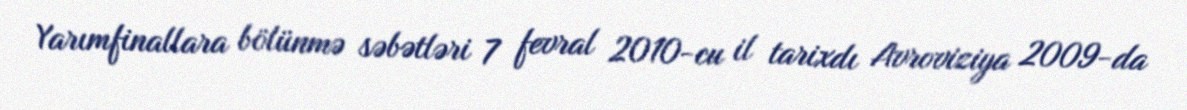
Yarımfinallara bölünmə səbətləri 7 fevral 2010-cu il tarixdı Avroviziya 2009-da